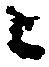
ニ